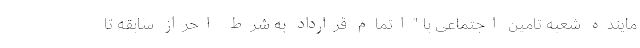
ماینده شعبه تامین اجتماعی با "اتمام قرارداد به شرط احراز سابقه تا